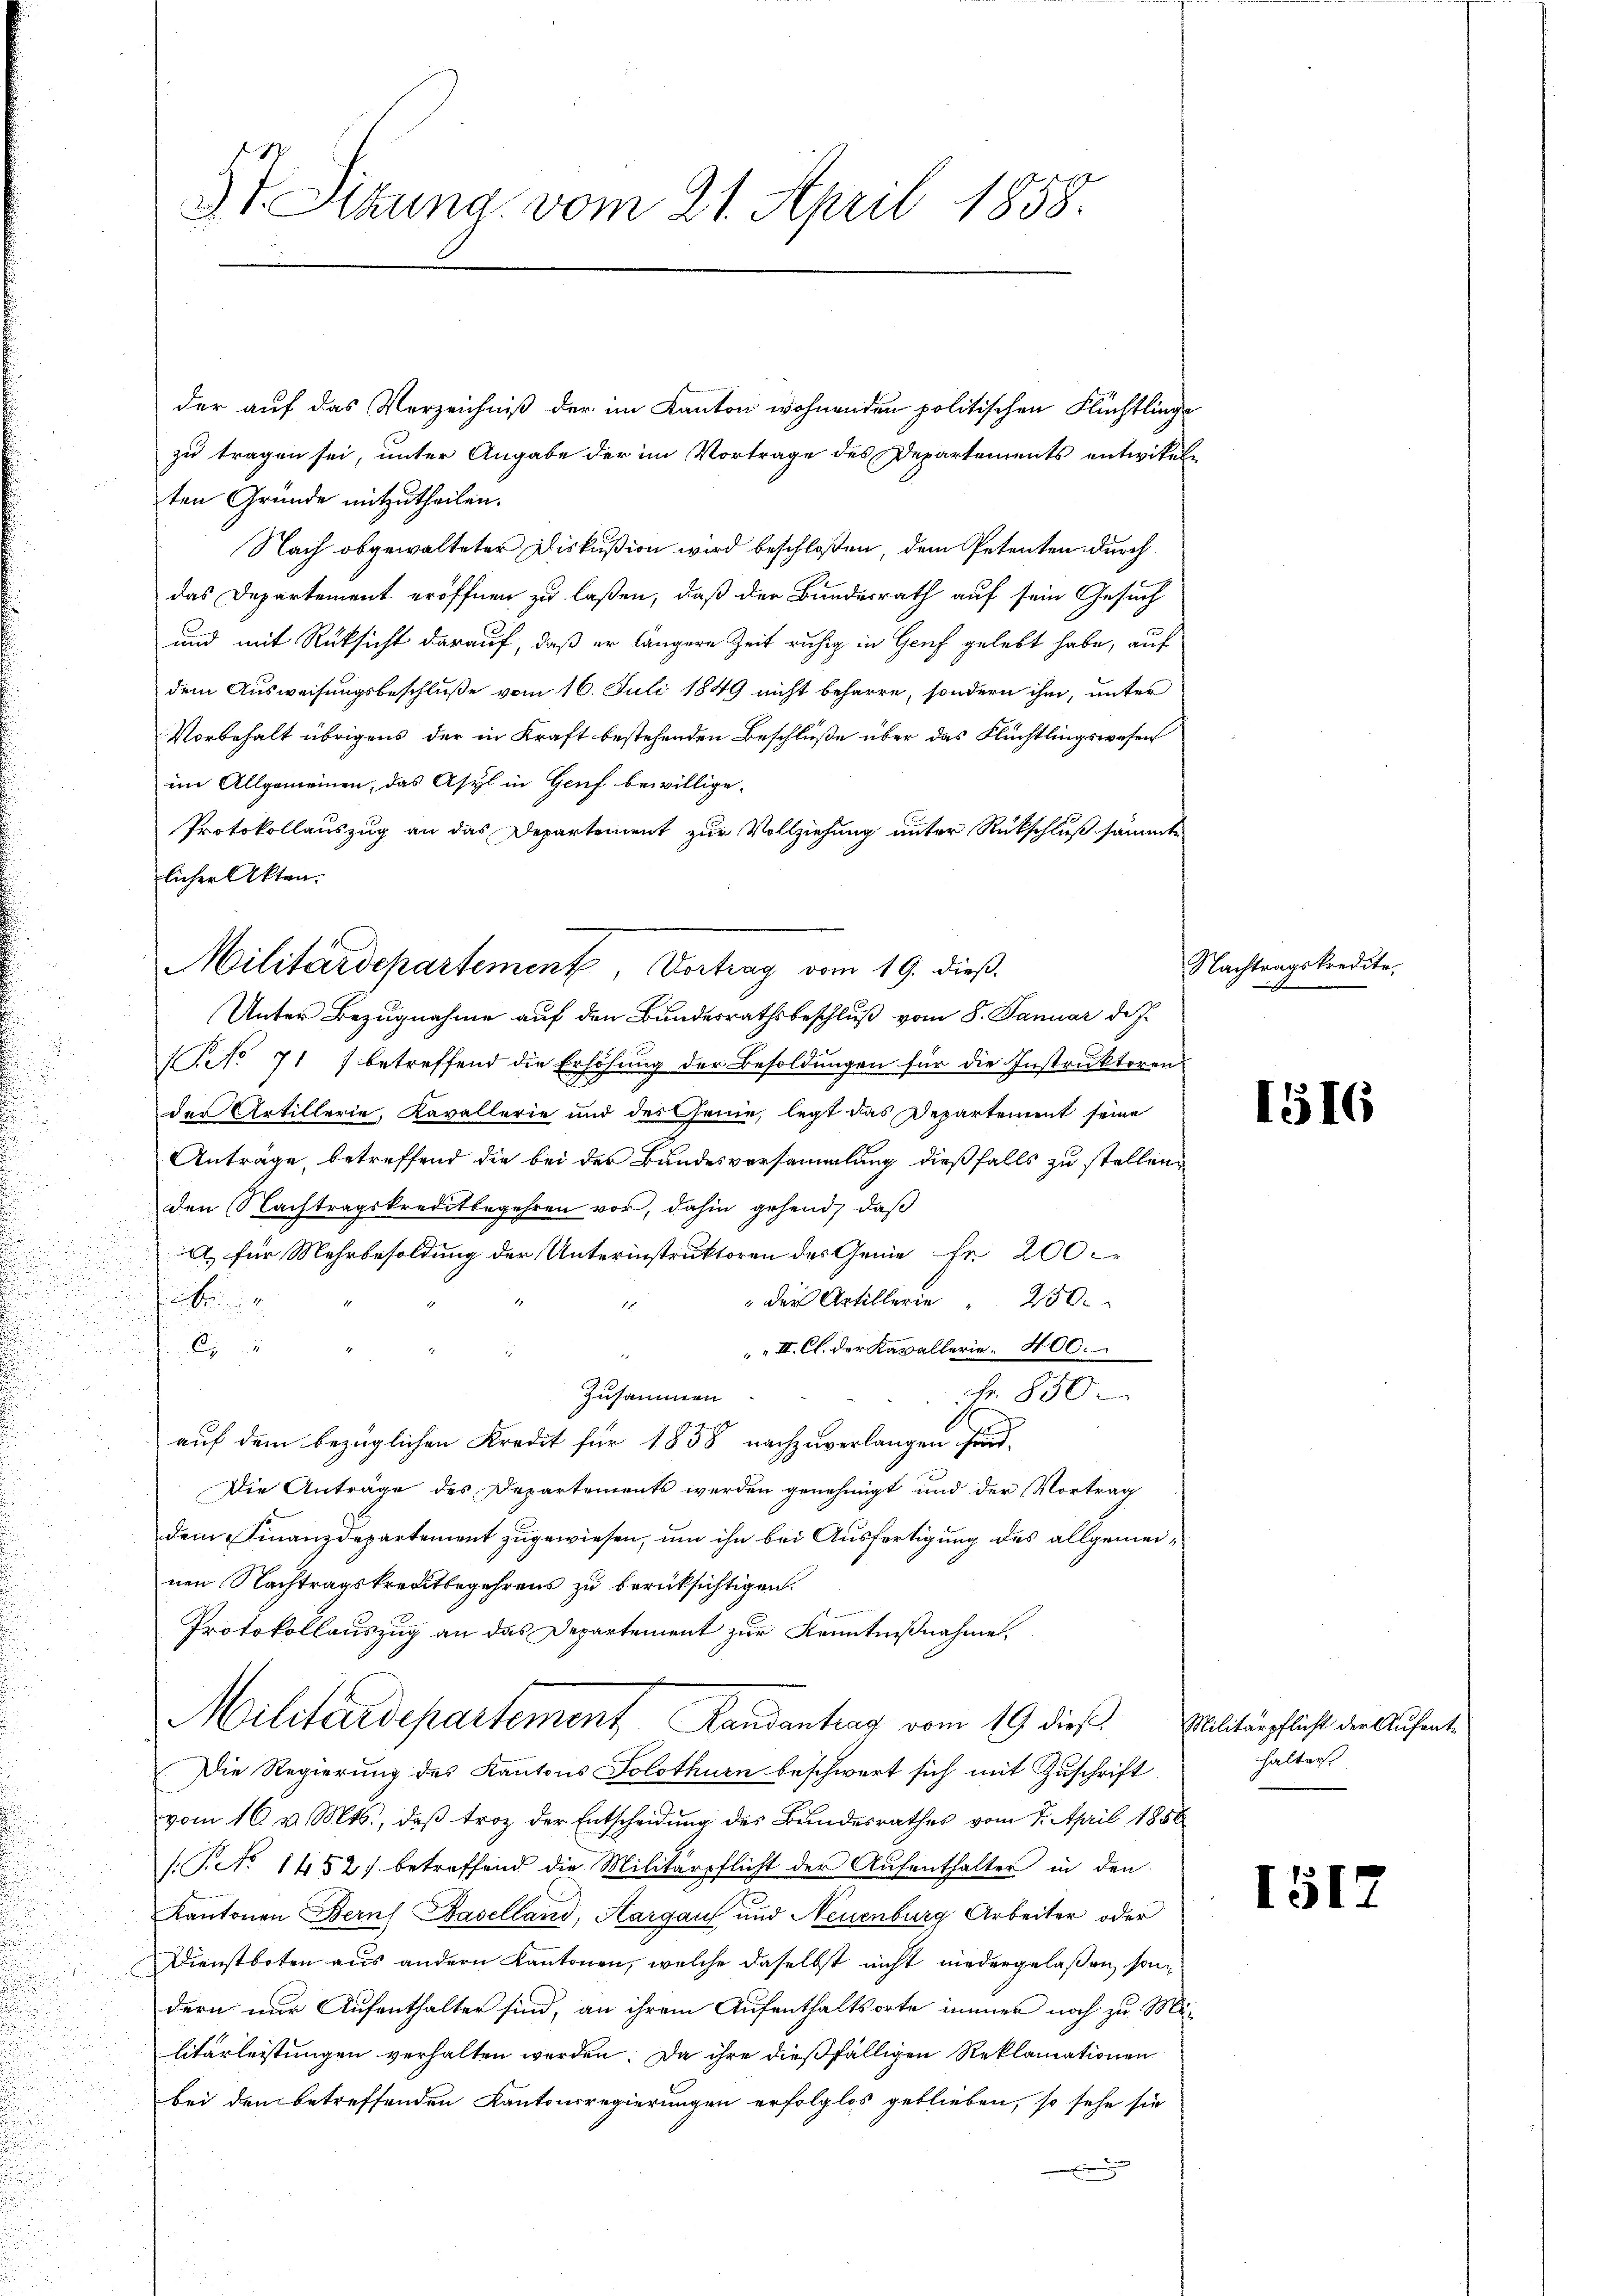
d
.

der auf das Verzeichniß der im Kanton wohnenden politischen Flüchtlinge
zu tragen sei, unter Angabe der im Vortrage des Departements entwikeln
ten Gründe mitzutheilen.
Nach obgewalteter Diskußion wird beschloßen, dem Petenten durch
das Departement eröffnen zu laßen, daß der Bundesrath auf sein Gesuch
und mit Rücksicht darauf, daß er längere Zeit ruhig in Genf gelebt habe, auf
dem Ausweisungsbeschluße vom 16. Juli 1849 nicht beharre, sondern ihm, unter
Vorbehalt übrigens der in Kraft bestehenden Beschlüße über das Flüchtlingswesen
im Allgemeinen, das Asyl in Genf bewillige.
Protokollauszug an das Departement zur Vollziehung unter Rückschluß sämmt
licher Akten.
No 717 betreffend die Erhöhŭng der Besoldungen für die Instruktoren
der Artillerie, Kavallerie und des Genie, legt das Departement seine
Antrage, betreffend die bei der Bundesversammlung dießfalls zu stellen,
den Nachtragskreditbegehren vor, dahin gehend, daß
a) für Mehrbesoldung der Unterinstruktoren des Genie fr. 200
.
e
 der Artillerie " 250.

III. Cl. der Kavallerie. 400.
Zusammen
Fr. 850
auf dem bezüglichen Kredit für 1838 nachzuverlangen sind,
Die Anträge des Departements werden genehmigt und der Vortrag
dem Finanzdepartement zugewiesen, um ihn bei Ausfertigung des allgemeinen Nachtragskreitbegehrens zu berüksichtigen.
Protokollauszug an das Departement zur Kenntnißnahme,
Militärdepartement Landantrag vom 19. dies
Die Regierung des Kantons Solothurn beschwert sich mit Zuschrift
vom 16. v. Mts., daß troz der Entscheidung des Bundesrathes vom 7. April 1856
(Pcto 1452) betreffend die Militärpflicht der Aufenthalter in den
Kantonen Bern Baselland, Aargau und Neuenburg Arbeiter oder
Dienstboten aus andern Kantonen, welche daselbst nicht niedergelaßen, sondern nur Aufenthalter sind, an ihrem Aufenthaltsorte immer noch zu Militärleistungen verhalten werden. Da ihre dießfälligen Reklamationen
bei den betreffenden Kantonsregierungen erfolglos geblieben, so sehe sie

St. Sizung vom 21. April 1858.

Militärdepartement, Vortrag vom 19. dieß.
Unter Bezugnahme auf den Bundesrathsbeschluß vom 8. Januar d. J.

Nachtragskredite.

1516

Militärpflicht der Aufenthalter

1512